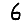
Digit: 6